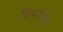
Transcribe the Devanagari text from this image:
विसर्जयेत्